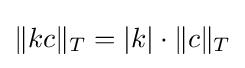
\|kc\|_{T}=|k|\cdot \|c\|_{T}